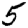
Digit: 5